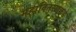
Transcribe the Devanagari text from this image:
महावितरणकडे